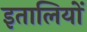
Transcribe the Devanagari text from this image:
इतालियों